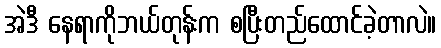
အဲဒီ နေရာကိုဘယ်တုန်းက စပြီးတည်ထောင်ခဲ့တာလဲ။